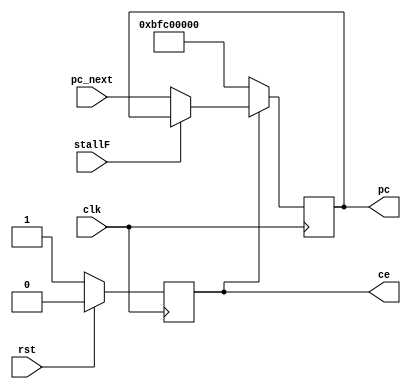
module pc_reg #(parameter WIDTH=32)(
    input wire clk,
    input wire stallF,
    input wire rst,
    input wire [WIDTH-1:0] pc_next,

    output reg [ WIDTH-1:0] pc,
    output reg ce
);
    always @(posedge clk) begin
        if(rst) begin
            ce <= 0;
        end
        else begin
            ce <= 1;
        end
    end

    always @(posedge clk) begin
        if(!ce) begin
            pc <= 32'hbfc00000;//pcbfbf_ffffpc+4pc
        end
        else if(~stallF) begin
            pc <= pc_next;
        end
    end
endmodule